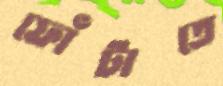
ফোঁটাতে